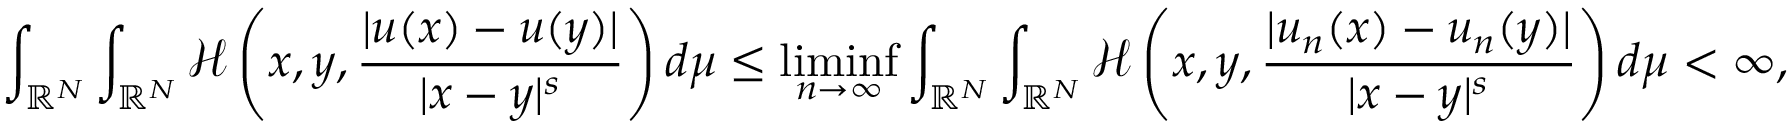
\int _ { { \mathbb R } ^ { N } } \int _ { { \mathbb R } ^ { N } } \mathcal { H } \left( x , y , \frac { | u ( x ) - u ( y ) | } { | x - y | ^ { s } } \right) d \mu \leq \operatorname* { l i m i n f } _ { n \rightarrow \infty } \int _ { { \mathbb R } ^ { N } } \int _ { { \mathbb R } ^ { N } } \mathcal { H } \left( x , y , \frac { | u _ { n } ( x ) - u _ { n } ( y ) | } { | x - y | ^ { s } } \right) d \mu < \infty ,